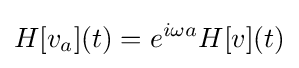
H[v_{a}](t)=e^{i\omega a}H[v](t)